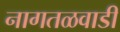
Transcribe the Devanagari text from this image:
नागतळवाडी